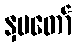
နှမတော်